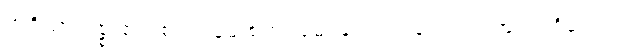
အရိယာသစ္စာ၏။ စတုဗ္ဗိဓေ စတုဗ္ဗိဓေ၊ လေးပါးလေးပါး အပြားရှိသော။